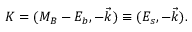
K = ( M _ { B } - E _ { b } , - \vec { k } ) \equiv ( E _ { s } , - \vec { k } ) .